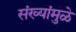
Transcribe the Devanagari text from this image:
संख्यांमुळे